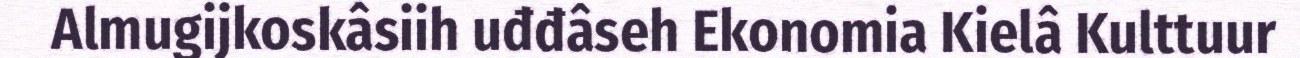
Almugijkoskâsiih uđđâseh Ekonomia Kielâ Kulttuur